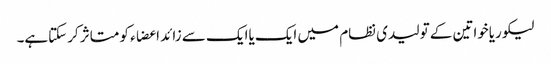
لیکوریاخواتین کے تولیدی نظام میں ایک یاایک سے زائد اعضاء کو متاثر کرسکتاہے۔